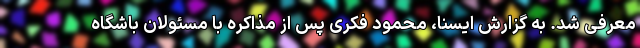
معرفی شد. به گزارش ایسنا، محمود فکری پس از مذاکره با مسئولان باشگاه